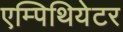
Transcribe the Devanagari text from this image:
एम्पिथियेटर